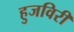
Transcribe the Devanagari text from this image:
हुजविरी